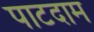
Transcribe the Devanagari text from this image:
पाटदाम